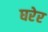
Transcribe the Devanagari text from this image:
घरेर